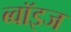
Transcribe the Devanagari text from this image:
ब्वॉइज